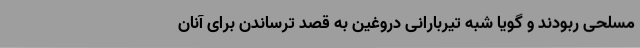
مسلحی ربودند و گویا شبه تیربارانی دروغین به قصد ترساندن برای آنان